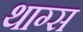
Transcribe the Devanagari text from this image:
थाग्स